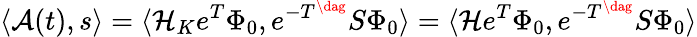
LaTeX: \langle\mathcal{A}(t),s\rangle=\langle\mathcal{H}_{K}e^{T}\Phi_{0},e^{-T^{\dag}}S\Phi_{0}\rangle=\langle\mathcal{H}e^{T}\Phi_{0},e^{-T^{\dag}}S\Phi_{0}\rangle